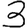
Digit: 3